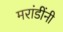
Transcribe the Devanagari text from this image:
मरांडींनी